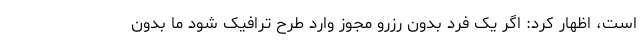
است، اظهار کرد: اگر یک فرد بدون رزرو مجوز وارد طرح ترافیک شود ما بدون